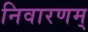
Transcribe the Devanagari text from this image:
निवारणम्